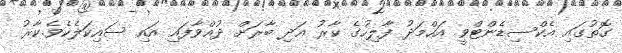
ގޮތުގައި އެކްސިޑެންޓްވީ އަހްމަދު ފާލިހުގެ ކާރު އަދި ބާރަށް ދުއްވާފައި އައި ސައިކަލެކެވެ.ކާރު